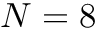
N = 8